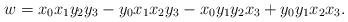
LaTeX: \begin{align*} w=x_0x_1y_2y_3 - y_0x_1x_2y_3-x_0y_1y_2x_3+y_0y_1x_2x_3. \end{align*}